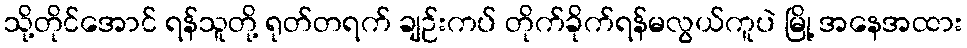
သို့တိုင်အောင် ရန်သူတို့ ရုတ်တရက် ချဉ်းကပ် တိုက်ခိုက်ရန်မလွယ်ကူပဲ မြို့ အနေအထား